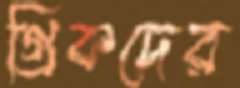
গ্রিকদের